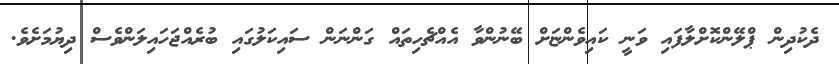
ދެކުދިން ޕްލޭންކޮށްލާފައި ވަނީ ކައިވެންޏަށް ބޭނުންވާ އެއްޗެހިތައް ގަންނަން ސައިކަލުގައި ބުރެއްޖަހައިލަންވެސް ދިޔުމަށެވެ.